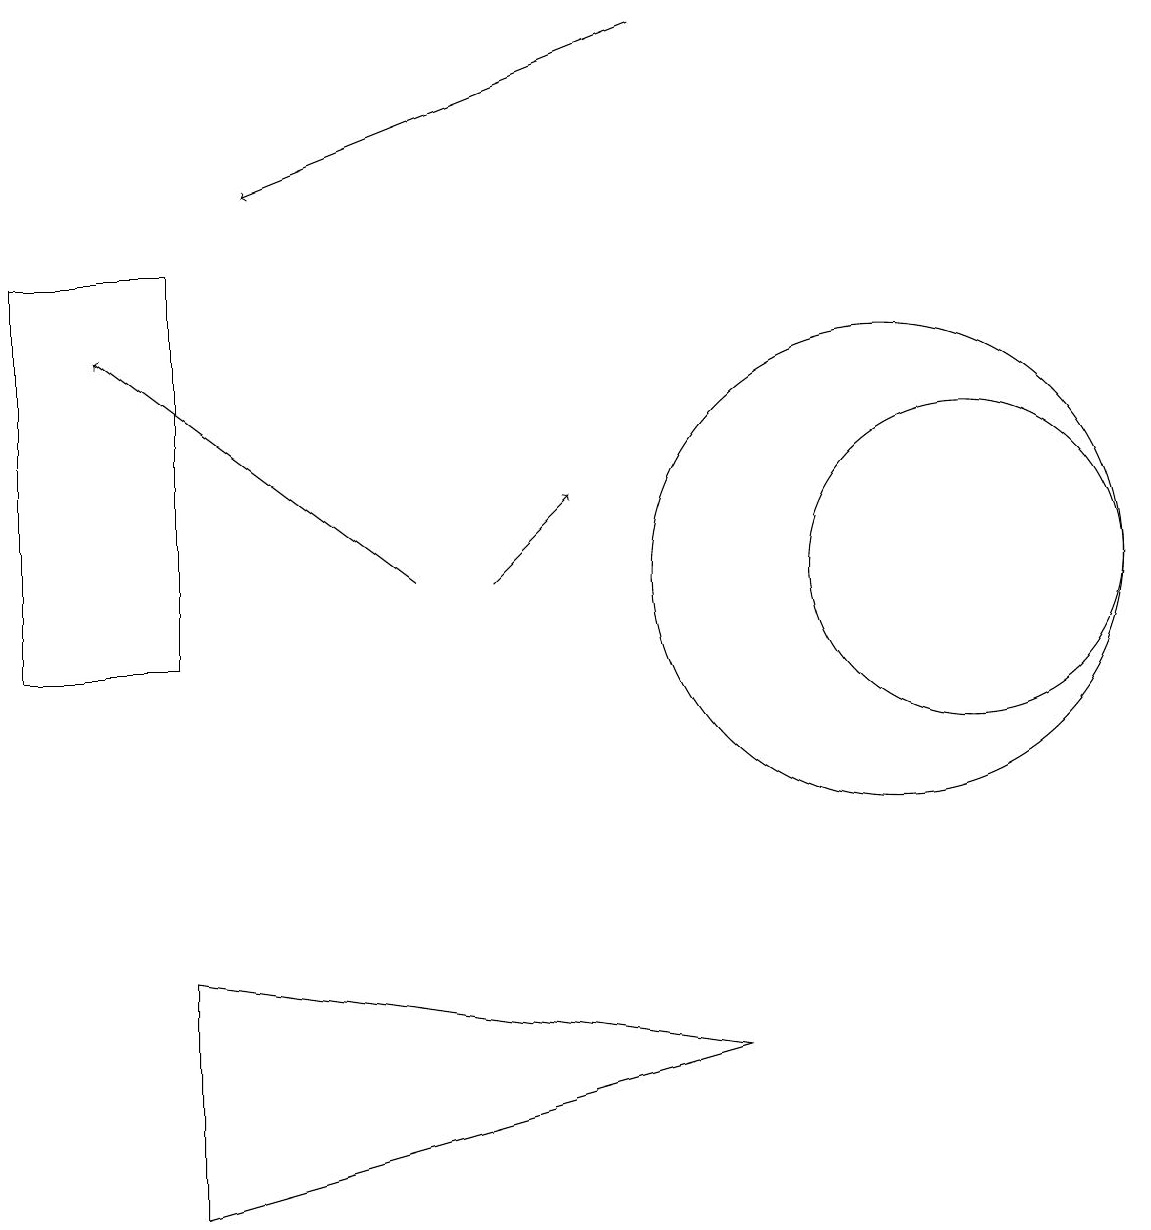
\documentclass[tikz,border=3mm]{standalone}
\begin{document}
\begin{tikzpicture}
\draw (11,11) circle (3);
\draw[->] (6,11) -- (7,12);
\draw[->] (5,11) -- (1,14);
\draw[->] (8,18) -- (3,16);
\draw (12,11) circle (2);
\draw (0,10) rectangle (2,15);
\draw (9,5) -- (2,6) -- (2,3) -- cycle;
\draw (10,11) circle (0);
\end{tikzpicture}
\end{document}